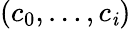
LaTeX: (c_{0},\ldots,c_{\mathit{i}})